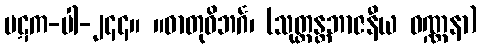
ပဋက-ပါ-၂၄၄။ ။ဓာတုဝိဘင်္ဂ၊ (သုတ္တန္တဘာဇနီယ ဝဏ္ဏနာ)